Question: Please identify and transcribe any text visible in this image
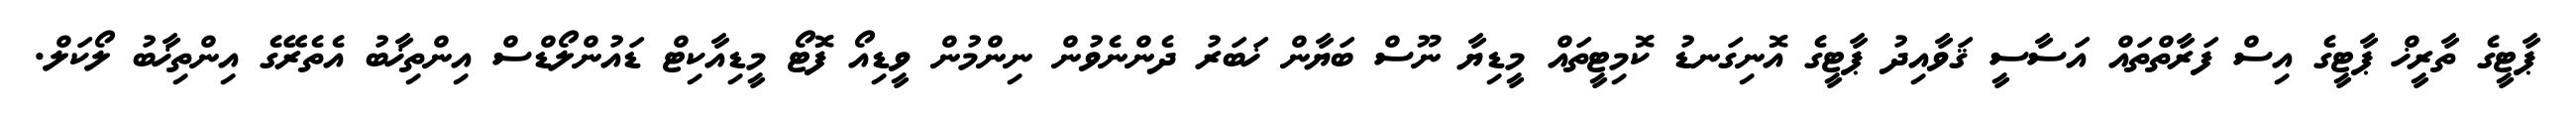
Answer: ޕާޓީގެ ތާރީޚް ޕާޓީގެ އިސް ފަރާތްތައް އަސާސީ ޤަވާއިދު ޕާޓީގެ އޮނިގަނޑު ކޮމިޓީތައް މީޑިޔާ ނޫސް ބަޔާން ޚަބަރު ދެންނެވުން ނިންމުން ވީޑިއޯ ފޮޓޯ މީޑިއާކިޓް ޑައުންލޯޑްސް އިންތިޚާބު އެތެރޭގެ އިންތިޚާބު ލޯކަލް.